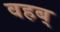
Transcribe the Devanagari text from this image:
वहब्